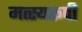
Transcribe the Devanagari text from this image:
मत्स्यरूपी